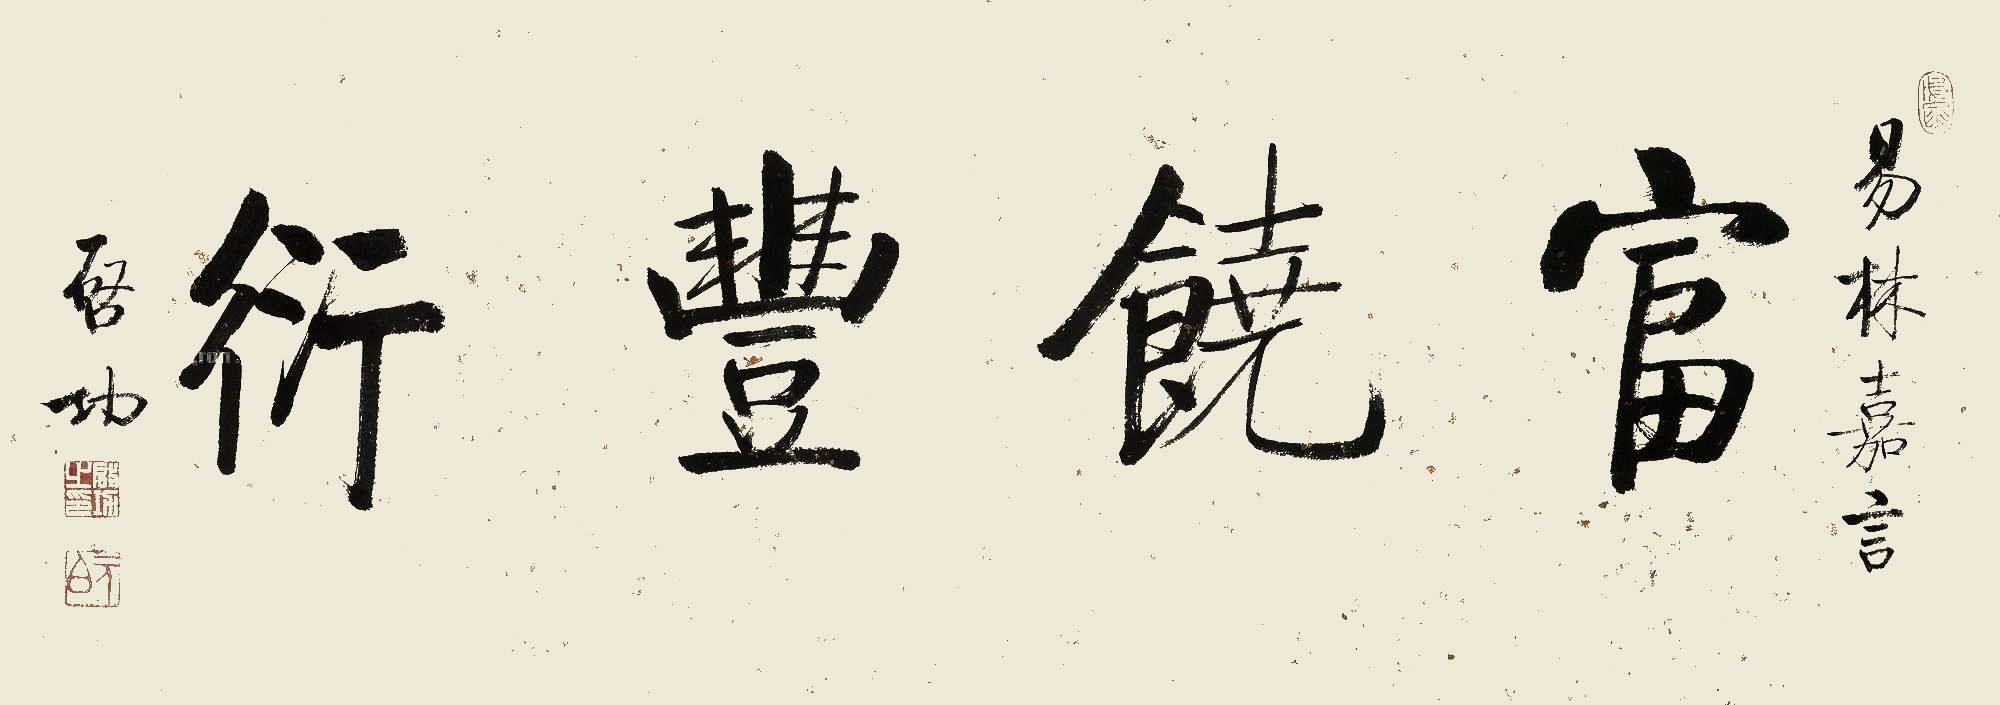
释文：富饶丰衍。易林嘉言，启功。